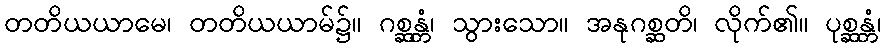
တတိယယာမေ၊ တတိယယာမ်၌။ ဂစ္ဆန္တံ၊ သွားသော။ အနုဂစ္ဆတိ၊ လိုက်၏။ ပုစ္ဆန္တံ၊